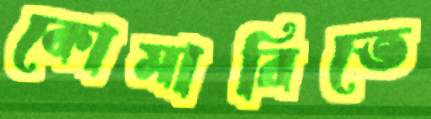
কোমারিতে